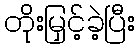
တိုးမြှင့်ခဲ့ပြီး